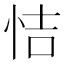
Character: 恄